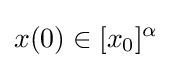
x(0)\in [x_{0}]^{\alpha }